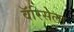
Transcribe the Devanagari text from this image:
वॅरिसेला